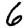
Digit: 6